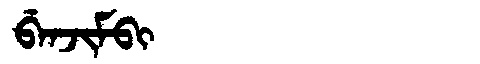
Manchu: ᠪᡝᠨᠵᡳᠮᠪᡳ
Romanization: BENJIMBI